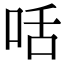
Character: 咶